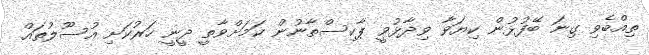
ތިއްބެވި ގިނަ ބޭފުޅުން ކިޔަވާ ވިދާޅުވީ ޕާކިސްތާނުން ކަމަށްވާތީ ދީނީ ހަރުކަށި އުސޫލުތައް